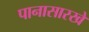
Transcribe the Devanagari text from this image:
पानासारखे